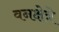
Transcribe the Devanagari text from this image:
वनक्षेत्रे